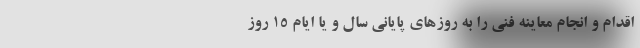
اقدام و انجام معاینه فنی را به روزهای پایانی سال و یا ایام 15 روز